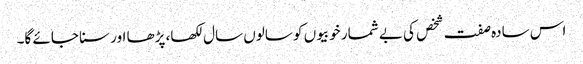
اس سادہ صفت شخص کی بے شمار خوبیوں کو سالوں سال لکھا، پڑھا اور سنا جائے گا۔